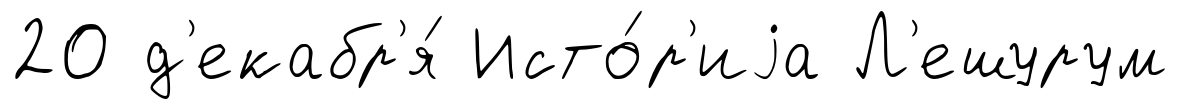
20 д'екабр'я́ Исто́р'иjа Л'ешурум